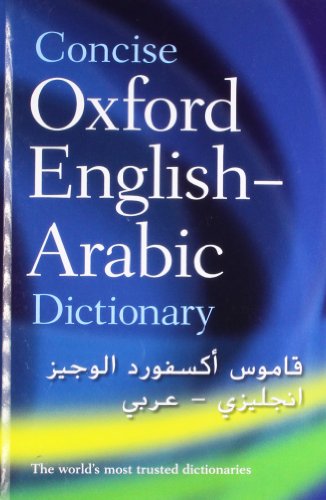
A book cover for The Concise Oxford English-Arabic Dictionary of Current Usage; Reference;